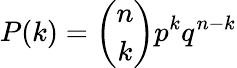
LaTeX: P(k)={\binom{n}{k}}p^{k}q^{n-k}